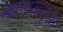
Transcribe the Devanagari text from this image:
लालबलुआ